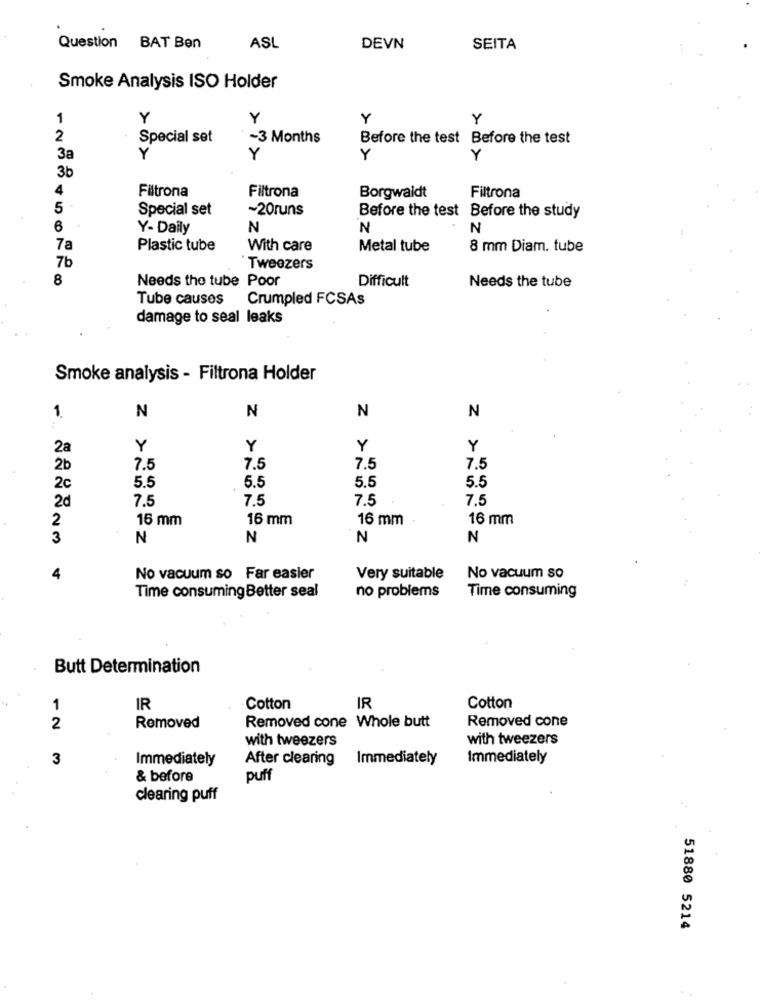
Question BAT Ben
ASL
DEVN
SEITA
Smoke Analysis ISO Holder
1
Y
Y
Y
Y
2
Special set
~3 Months
Before the test Before the test
3a
Y
Y
Y
3b
4
Filtrona
Filtrona
Borgwaldt
Filtrona
5
Special set
~20runs
Before the test Before the study
6
Y- Daily
N
N
N
7a
Plastic tube
With care
Metal tube
8 mm Diam. tube
7b
Tweezers
8
Needs the tube Poor
Difficult
Needs the tube
Tube causes
Crumpled FCSAs
damage to seal leaks
Smoke analysis - Filtrona Holder
1.
N
N
N
N
2a
Y
Y
Y
Y
2b
7.5
7.5
7.5
7.5
5.5
5.5
5.5
5.5
2c
2d
7.5
7.5
7.5
7.5
2
16 mm
16 mm
16 mm
16 mm
3
N
N
N
N
4
No vacuum so Far easier
Very suitable
No vacuum so
Time consuming Better seal
no problems
Time consuming
Butt Determination
1
IR
Cotton
IR
Cotton
Removed cone
2
Removed
Removed cone Whole butt
with tweezers
with tweezers
3
Immediately
After clearing
Immediately
Immediately
& before
puff
clearing puff
51880 5214